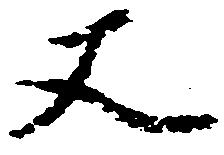
又